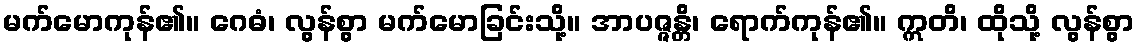
မက်မောကုန်၏။ ဂေဓံ၊ လွန်စွာ မက်မောခြင်းသို့။ အာပဇ္ဇန္တိ၊ ရောက်ကုန်၏။ ဣတိ၊ ထိုသို့ လွန်စွာ